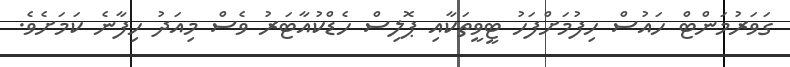
ގަވަރުމަންޓް ހައުސް ހިފުމަށްފަހު ޓީވީތަކާއި ޕޮލިސް ހެޑްކުއާޓަރު ވެސް މިއަދު ހިފާނެ ކަމަށެވެ.